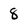
Character: 8